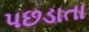
પછડાતા